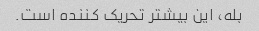
بله، این بیشتر تحریک کننده است.